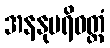
အနနုပရိဝတ္တံ